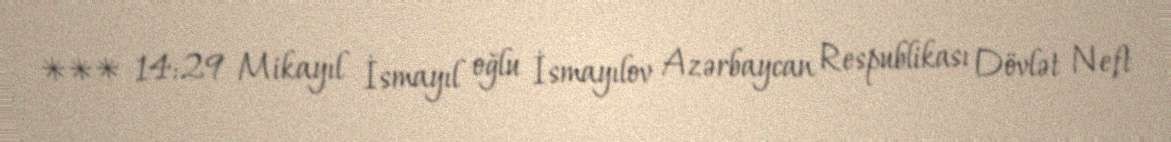
*** 14:29 Mikayıl İsmayıl oğlu İsmayılov Azərbaycan Respublikası Dövlət Neft